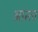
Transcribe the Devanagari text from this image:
आस्ता